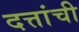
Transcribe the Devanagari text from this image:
दत्तांची